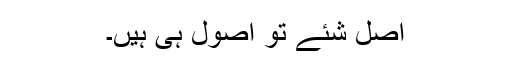
اصل شئے تو اصول ہی ہیں۔